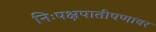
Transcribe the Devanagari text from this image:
निःपक्षपातीपणावर